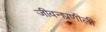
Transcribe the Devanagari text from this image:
जीवनप्रणीली